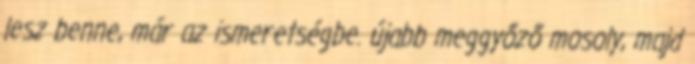
lesz benne, már az ismeretségbe. újabb meggyőző mosoly, majd